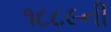
૧૮૮૯ની